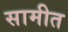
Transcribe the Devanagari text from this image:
सामीत